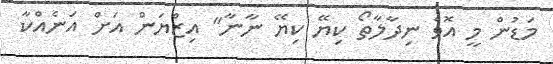
މަޑުން މީ އޮވެ ނިދާލާތޯ ކިޔޭ ކިޔޭ ނާނާ" އިޒްޔަން އަށް އަނެއްކާ